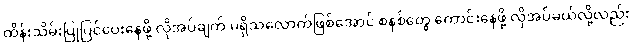
ထိန်းသိမ်းပြုပြင်ပေးနေဖို့ လိုအပ်ချက် မရှိသလောက်ဖြစ်အောင် စနစ်တွေ ကောင်းနေဖို့ လိုအပ်မယ်လို့လည်း